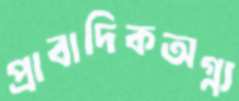
প্রাবাদিকঅগ্ন্য